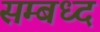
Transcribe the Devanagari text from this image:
सम्बध्द